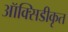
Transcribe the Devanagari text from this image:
ऑक्सिडीकृत